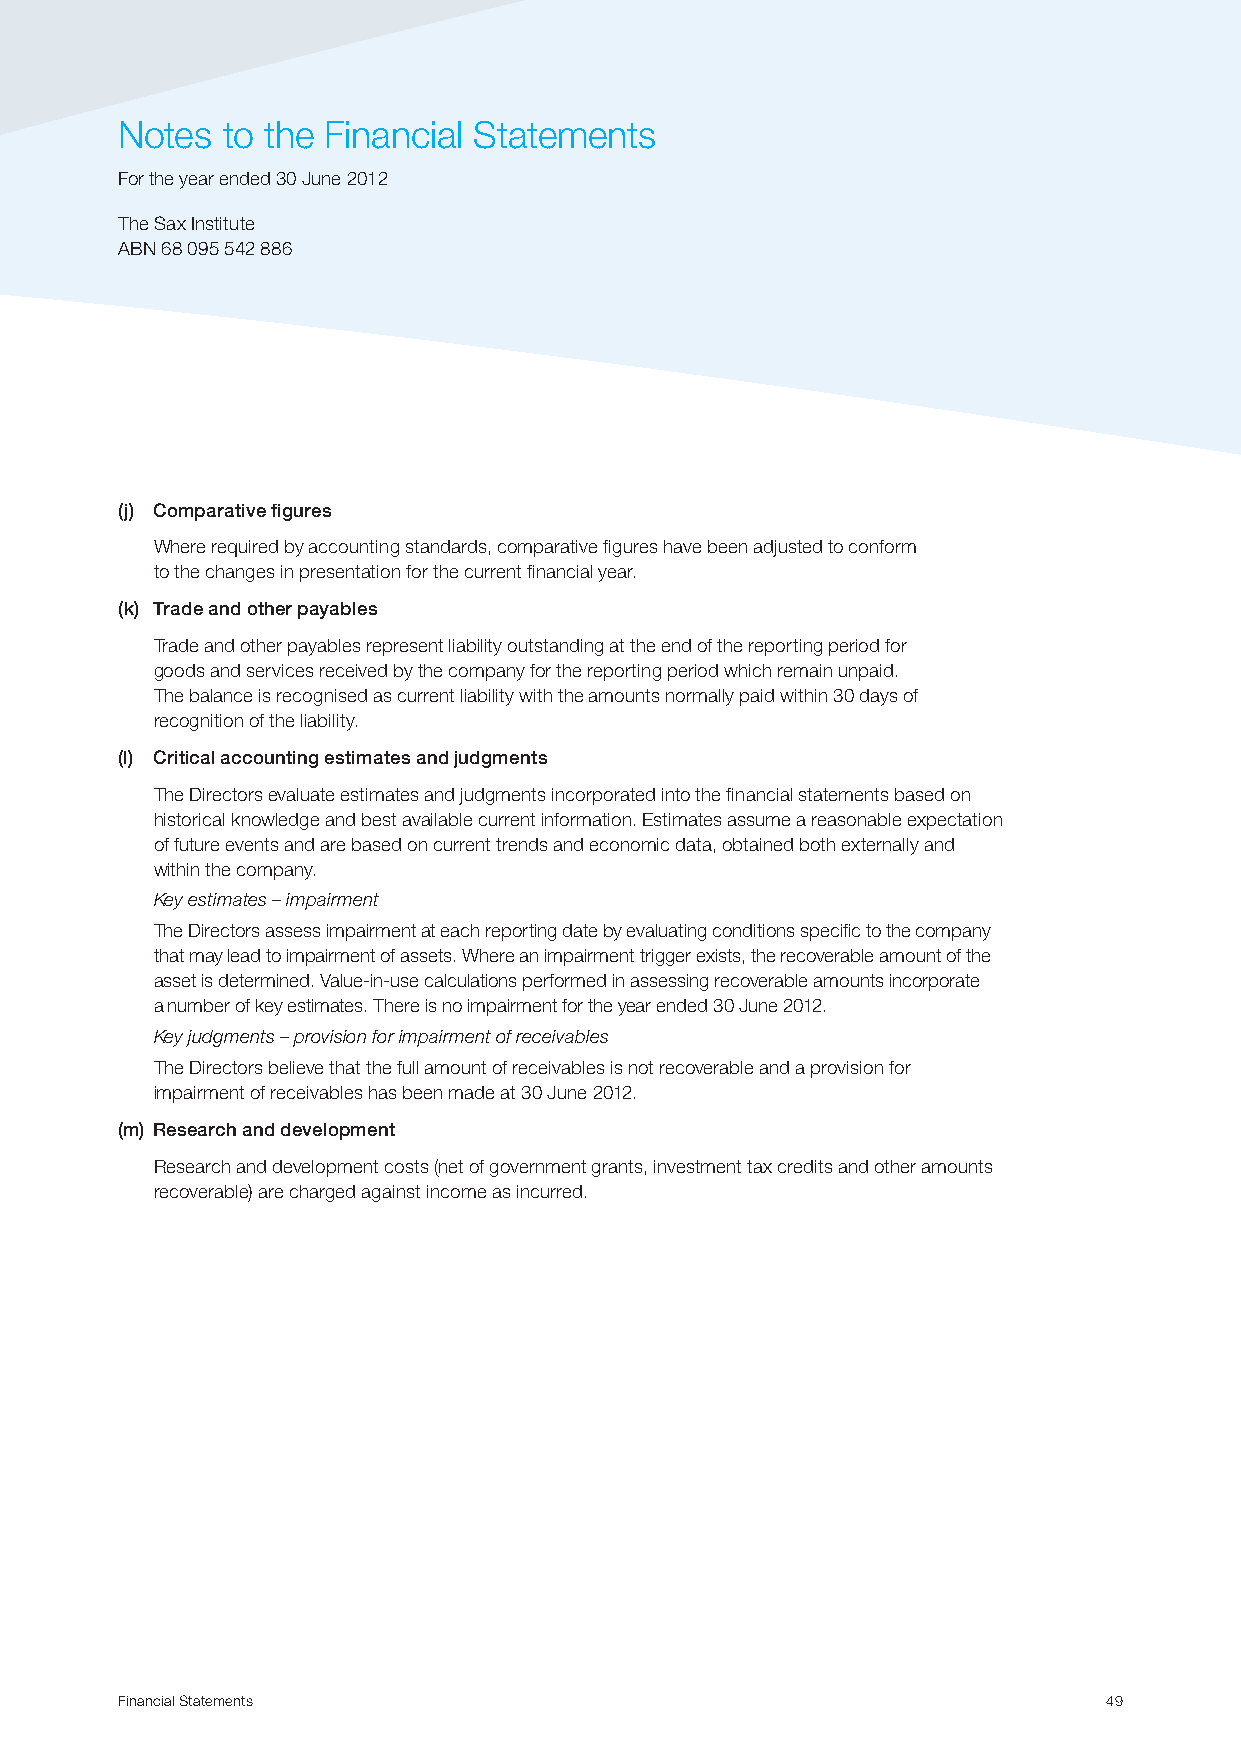
Notes  to the Financial Statements
 For the year ended 30 June 2012
 The Sax Institute
 ABN 68 095 542 886
 (j) Comparative figures
 Where required by accounting standards, comparative figures have been adjusted to conform
 to the changes in presentation for the current financial year.
 (k) Trade and other payables
 Trade and other payables represent liability outstanding at the end of the reporting period for
 goods and services received by the company for the reporting period which remain unpaid.
 The balance is recognised as current liability with the amounts normally paid within 30 days of
 recognition of the liability.
 (l) Critical accounting estimates and judgments
 The Directors evaluate estimates and judgments incorporated into the financial statements based on
 historical knowledge and best available current information. Estimates assume a reasonable expectation
 of future events and are based on current trends and economic data, obtained both externally and
 within the company.
 Key estimates – impairment
 The Directors assess impairment at each reporting date by evaluating conditions specific to the company
 that may lead to impairment of assets. Where an impairment trigger exists, the recoverable amount of the
 asset is determined. Value-in-use calculations performed in assessing recoverable amounts incorporate
 a number of key estimates. There is no impairment for the year ended 30 June 2012.
 Key judgments – provision for impairment of receivables
 The Directors believe that the full amount of receivables is not recoverable and a provision for
 impairment of receivables has been made at 30 June 2012.
 (m) Research and development
 Research and development costs (net of government grants, investment tax credits and other amounts
 recoverable) are charged against income as incurred.
 Financial Statements                                             49